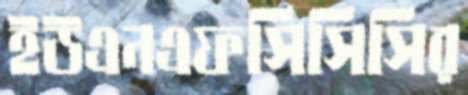
ইউএনএফসিসিসির